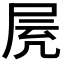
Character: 𡱓